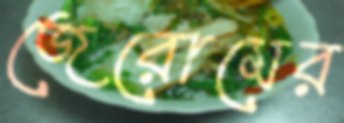
জেরোমের